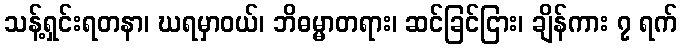
သန့်ရှင်းရတနာ၊ ဃရမှာဝယ်၊ ဘိဓမ္မာတရား၊ ဆင်ခြင်ငြား၊ ချိန်ကား ၇ ရက်